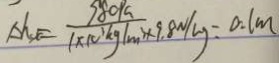
A h _ { x } = \frac { 9 8 0 P a } { 1 \times 1 0 ^ { 3 } k g / m ^ { 3 } \times 9 . 8 N / k g } = 0 . 1 m